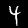
Digit: 4